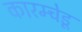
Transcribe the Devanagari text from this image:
कारम्चेडू